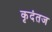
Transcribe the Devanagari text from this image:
कृदंतज